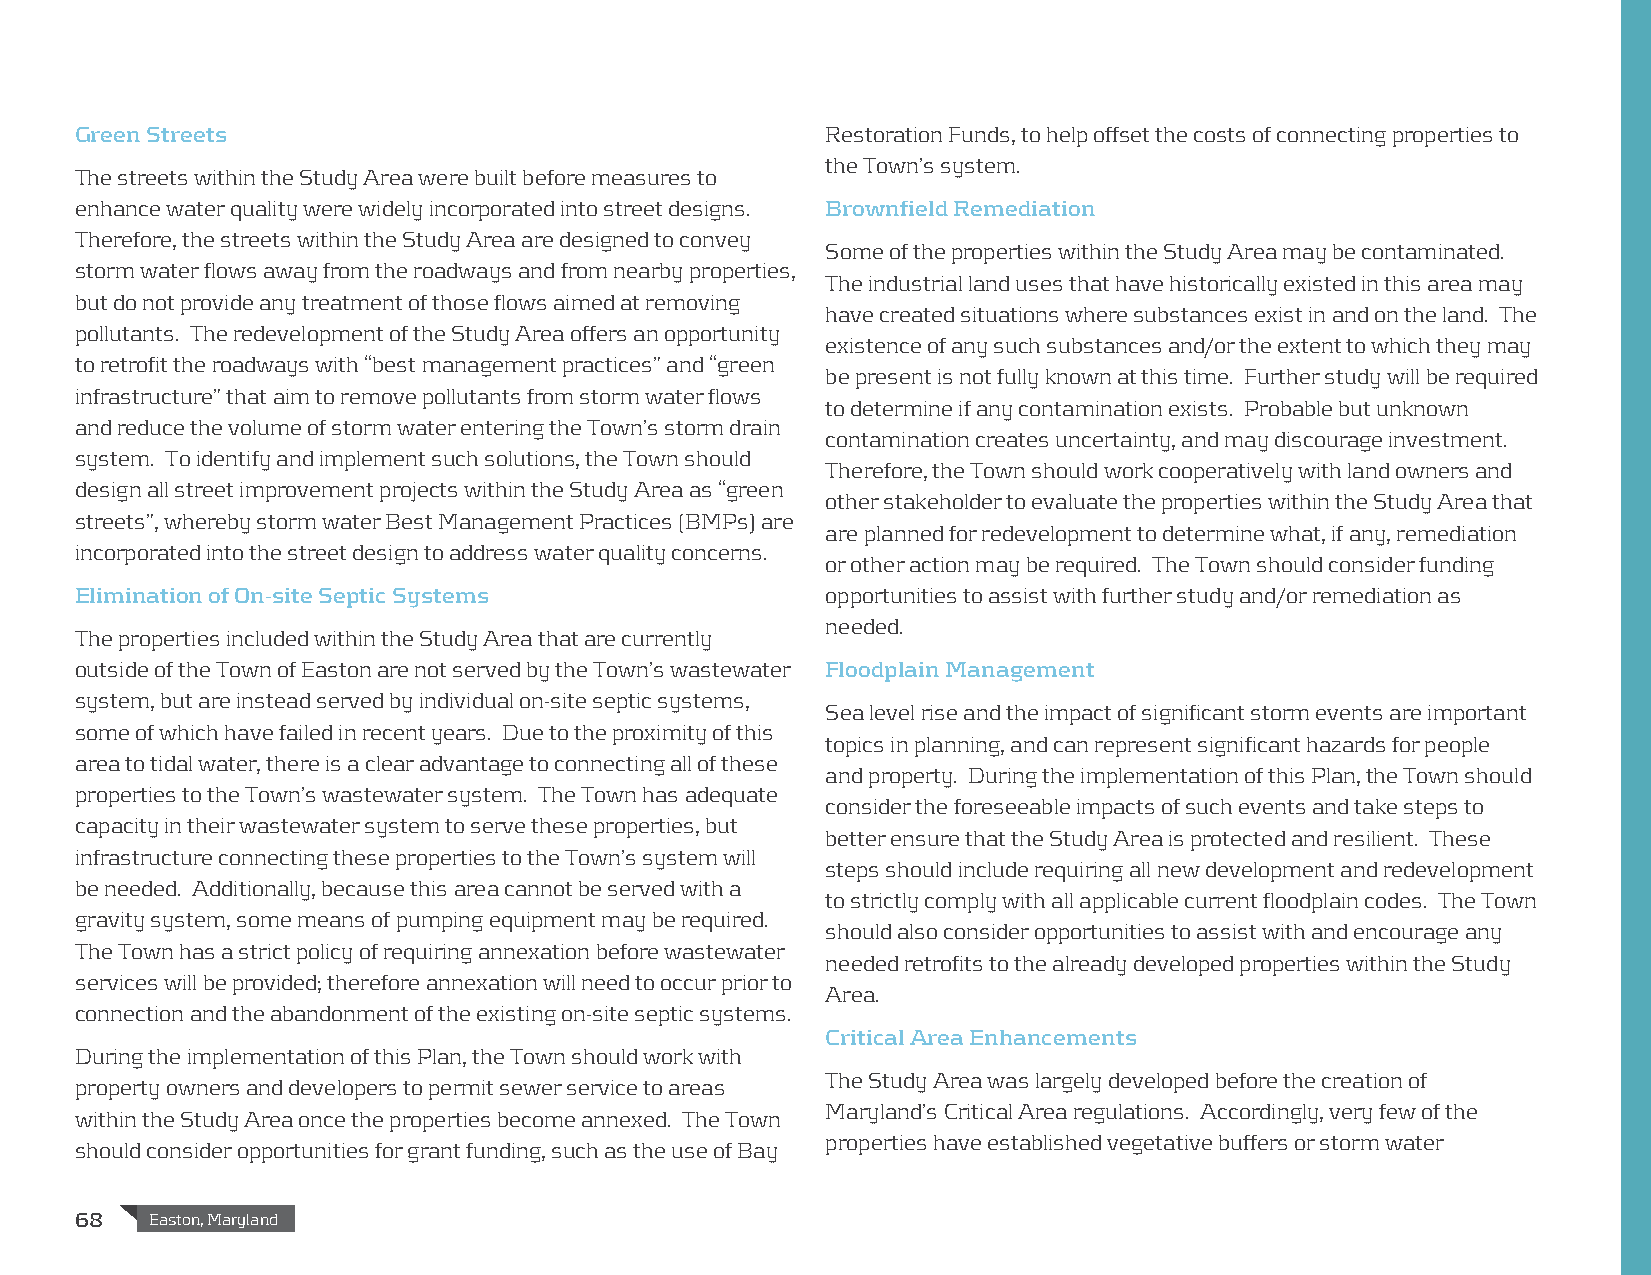
Green Streets                                     Restoration Funds, to help offset the costs of connecting properties to
 the Town’s system.
 The streets within the Study Area were built before measures to
 enhance water quality were widely incorporated into street designs. Brownfield Remediation
 Therefore, the streets within the Study Area are designed to convey
 Some of the properties within the Study Area may be contaminated.
 storm water flows away from the roadways and from nearby properties,
 The industrial land uses that have historically existed in this area may
 but do not provide any treatment of those flows aimed at removing
 have created situations where substances exist in and on the land. The
 pollutants. The redevelopment of the Study Area offers an opportunity
 existence of any such substances and/or the extent to which they may
 to retrofit the roadways with “best management practices” and “green
 be present is not fully known at this time. Further study will be required
 infrastructure” that aim to remove pollutants from storm water flows
 to determine if any contamination exists. Probable but unknown
 and reduce the volume of storm water entering the Town’s storm drain
 contamination creates uncertainty, and may discourage investment.
 system. To identify and implement such solutions, the Town should
 Therefore, the Town should work cooperatively with land owners and
 design all street improvement projects within the Study Area as “green
 other stakeholder to evaluate the properties within the Study Area that
 streets”, whereby storm water Best Management Practices (BMPs) are
 are planned for redevelopment to determine what, if any, remediation
 incorporated into the street design to address water quality concerns.
 or other action may be required. The Town should consider funding
 Elimination of On-site Septic Systems             opportunities to assist with further study and/or remediation as
 needed.
 The properties included within the Study Area that are currently
 outside of the Town of Easton are not served by the Town’s wastewater Floodplain Management
 system, but are instead served by individual on-site septic systems,
 Sea level rise and the impact of significant storm events are important
 some of which have failed in recent years. Due to the proximity of this
 topics in planning, and can represent significant hazards for people
 area to tidal water, there is a clear advantage to connecting all of these
 and property. During the implementation of this Plan, the Town should
 properties to the Town’s wastewater system. The Town has adequate
 consider the foreseeable impacts of such events and take steps to
 capacity in their wastewater system to serve these properties, but
 better ensure that the Study Area is protected and resilient. These
 infrastructure connecting these properties to the Town’s system will
 steps should include requiring all new development and redevelopment
 be needed. Additionally, because this area cannot be served with a
 to strictly comply with all applicable current floodplain codes. The Town
 gravity system, some means of pumping equipment may be required.
 should also consider opportunities to assist with and encourage any
 The Town has a strict policy of requiring annexation before wastewater
 needed retrofits to the already developed properties within the Study
 services will be provided; therefore annexation will need to occur prior to
 Area.
 connection and the abandonment of the existing on-site septic systems.
 Critical Area Enhancements
 During the implementation of this Plan, the Town should work with
 The Study Area was largely developed before the creation of
 property owners and developers to permit sewer service to areas
 Maryland’s Critical Area regulations. Accordingly, very few of the
 within the Study Area once the properties become annexed. The Town
 properties have established vegetative buffers or storm water
 should consider opportunities for grant funding, such as the use of Bay
 68   Easton, Maryland